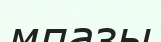
мпазы